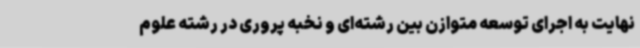
نهایت به اجرای توسعه متوازن بین رشته‌ای و نخبه پروری در رشته علوم